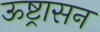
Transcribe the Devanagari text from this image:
ऊष्ट्रासन